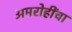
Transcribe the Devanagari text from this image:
अमरोहींचा